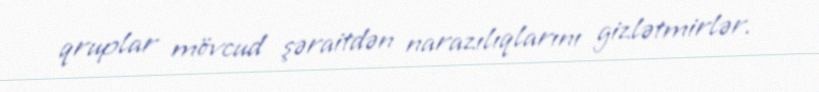
qruplar mövcud şəraitdən narazılıqlarını gizlətmirlər.